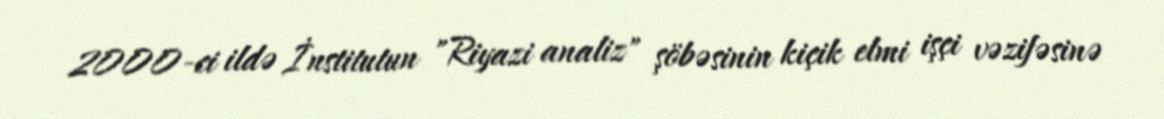
2000-ci ildə İnstitutun "Riyazi analiz" şöbəsinin kiçik elmi işçi vəzifəsinə